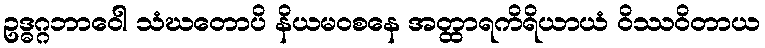
ဥဒ္ဓဂ္ဂဘာဝေါ သံဃတောပိ နိယမဝစနေ အတ္ထာရကိရိယာယံ ဝိဿဝိတာယ